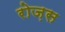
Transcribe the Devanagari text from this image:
रोज़स